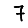
Digit: 7